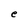
Character: e